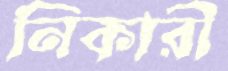
নিকারী